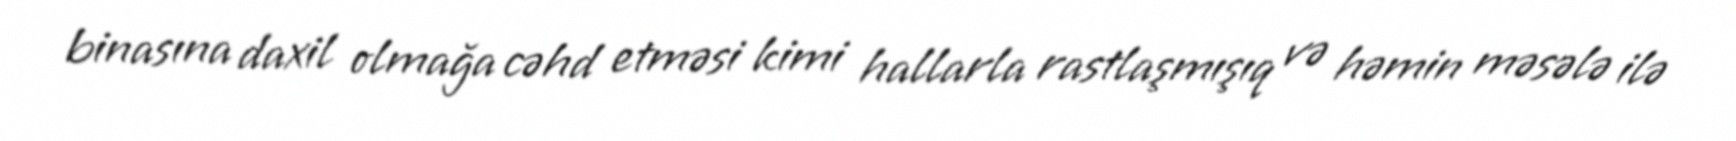
binasına daxil olmağa cəhd etməsi kimi hallarla rastlaşmışıq və həmin məsələ ilə